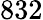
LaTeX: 832